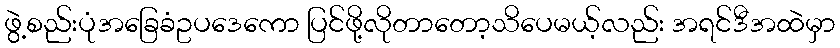
ဖွဲ့စည်းပုံအခြေခံဥပဒေကော ပြင်ဖို့လိုတာတော့သိပေမယ့်လည်း အရင်ဒီအထဲမှာ